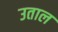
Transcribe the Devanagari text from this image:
उताल